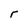
Character: r